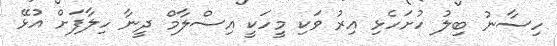
ހިސާނު ބިލު ހުށަހެޅި އިރު ވަކި މީހަކީ އިސްލާމް ދީނާ ހިލާފަށް އުޅޭ